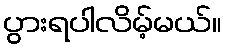
ပွားရပါလိမ့်မယ်။